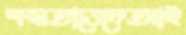
ক্ষমতাভেদেআই